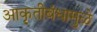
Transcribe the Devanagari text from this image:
आकृतीबंधामुळे